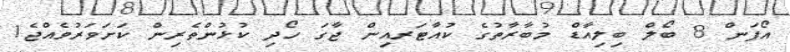
އޯޕަން 8 ބޯލް ބިލިއާޑް މުބާރާތުގެ ކުއާޓަރއިން ޖާގަ ހޯދި ކުޅުންތެރިން ކަށަވަރުވެއްޖެ1